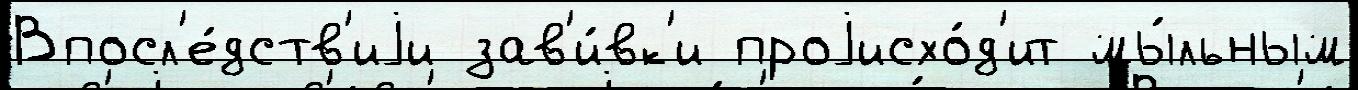
Впосл'е́дств'иjи зав'и́вк'и проjисхо́д'ит мы́льным